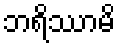
ဘရိဿာမိ